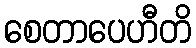
စေတာပေဟီတိ